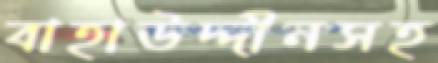
বাহাউদ্দীনসহ